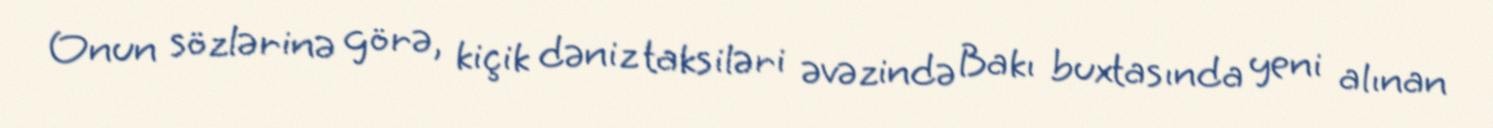
Onun sözlərinə görə, kiçik dəniz taksiləri əvəzində Bakı buxtasında yeni alınan